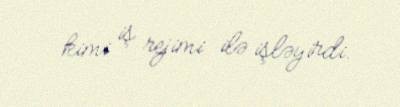
kimi iş rejimi ilə işləyirdi.